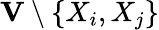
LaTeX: \mathbf{V}\setminus\{ X_{i},X_{j}\}